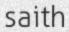
saith